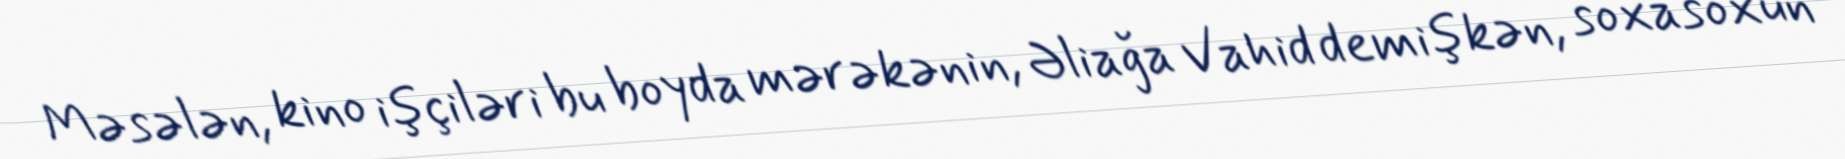
Məsələn, kino işçiləri bu boyda mərəkənin, Əliağa Vahid demişkən, soxasoxun